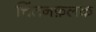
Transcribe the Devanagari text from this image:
चिंतनफ़लक